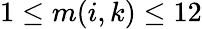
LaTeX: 1\leq m(i,k)\leq 12